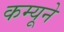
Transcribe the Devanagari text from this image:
कम्यूने